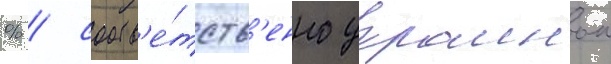
% / соотв'е́тств'енно украинои